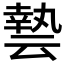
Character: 𠅀